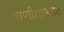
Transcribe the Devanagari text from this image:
प्राणीशास्त्रात